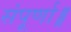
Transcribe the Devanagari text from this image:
संपूर्णा॥